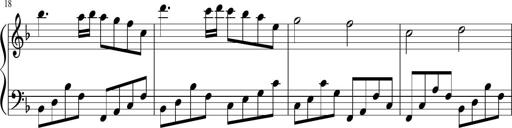
Title: Sonatina di Santa Gemma, JKB 12
Composer: Jason Baruk
Key: F major